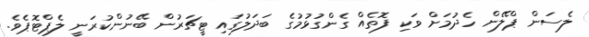
ލެސަން ޕްލޭން ހެދުމަށް ވަކި ފޮތެއް ގެންގުޅުމުގެ ބަދަލުގައި ޓީޗަރުން ބޭނުންކުރަނީ ލެޕްޓޮޕެވެ.